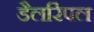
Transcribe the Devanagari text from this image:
डैलरिंपल